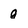
Character: q